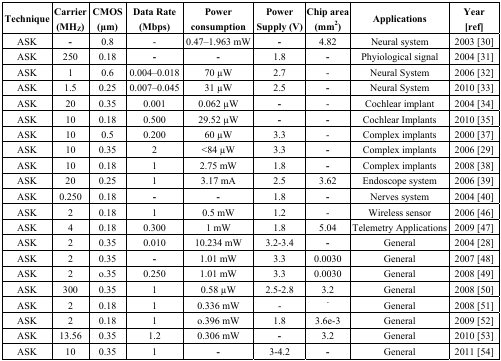
<table><thead><tr><td><b>Technique</b></td><td><b>Carrier (MH<sub>Z</sub>)</b></td><td><b>CMOS (μm)</b></td><td><b>Data Rate (Mbps)</b></td><td><b>Power consumption</b></td><td><b>Power Supply (V)</b></td><td><b>Chip area (mm<sup>2</sup>)</b></td><td><b>Applications</b></td><td><b>Year [ref]</b></td></tr></thead><tbody><tr><td>ASK</td><td>-</td><td>0.8</td><td>-</td><td>0.47–1.963 mW</td><td>-</td><td>4.82</td><td>Neural system</td><td>2003 [30]</td></tr><tr><td>ASK</td><td>250</td><td>0.18</td><td>-</td><td>-</td><td>1.8</td><td>-</td><td>Phyiological signal</td><td>2004 [31]</td></tr><tr><td>ASK</td><td>1</td><td>0.6</td><td>0.004–0.018</td><td>70 μW</td><td>2.7</td><td>-</td><td>Neural System</td><td>2006 [32]</td></tr><tr><td>ASK</td><td>1.5</td><td>0.25</td><td>0.007–0.045</td><td>31 μW</td><td>2.5</td><td>-</td><td>Neural System</td><td>2010 [33]</td></tr><tr><td>ASK</td><td>20</td><td>0.35</td><td>0.001</td><td>0.062 μW</td><td>-</td><td>-</td><td>Cochlear implant</td><td>2004 [34]</td></tr><tr><td>ASK</td><td>10</td><td>0.18</td><td>0.500</td><td>29.52 μW</td><td>-</td><td>-</td><td>Cochlear Implants</td><td>2010 [35]</td></tr><tr><td>ASK</td><td>10</td><td>0.5</td><td>0.200</td><td>60 μW</td><td>3.3</td><td>-</td><td>Complex implants</td><td>2000 [37]</td></tr><tr><td>ASK</td><td>10</td><td>0.35</td><td>2</td><td>&lt;84 μW</td><td>3.3</td><td>-</td><td>Complex implants</td><td>2006 [29]</td></tr><tr><td>ASK</td><td>10</td><td>0.18</td><td>1</td><td>2.75 mW</td><td>1.8</td><td>-</td><td>Complex implants</td><td>2008 [38]</td></tr><tr><td>ASK</td><td>20</td><td>0.25</td><td>1</td><td>3.17 mA</td><td>2.5</td><td>3.62</td><td>Endoscope system</td><td>2006 [39]</td></tr><tr><td>ASK</td><td>0.250</td><td>0.18</td><td>-</td><td>-</td><td>1.8</td><td>-</td><td>Nerves system</td><td>2004 [40]</td></tr><tr><td>ASK</td><td>2</td><td>0.18</td><td>1</td><td>0.5 mW</td><td>1.2</td><td>-</td><td>Wireless sensor</td><td>2006 [46]</td></tr><tr><td>ASK</td><td>4</td><td>0.18</td><td>0.300</td><td>1 mW</td><td>1.8</td><td>5.04</td><td>Telemetry Applications</td><td>2009 [47]</td></tr><tr><td>ASK</td><td>2</td><td>0.35</td><td>0.010</td><td>10.234 mW</td><td>3.2-3.4</td><td>-</td><td>General</td><td>2004 [28]</td></tr><tr><td>ASK</td><td>2</td><td>0.35</td><td>-</td><td>1.01 mW</td><td>3.3</td><td>0.0030</td><td>General</td><td>2007 [48]</td></tr><tr><td>ASK</td><td>2</td><td>o.35</td><td>0.250</td><td>1.01 mW</td><td>3.3</td><td>0.0030</td><td>General</td><td>2008 [49]</td></tr><tr><td>ASK</td><td>300</td><td>0.35</td><td>1</td><td>0.58 μW</td><td>2.5–2.8</td><td>3.2</td><td>General</td><td>2008 [50]</td></tr><tr><td>ASK</td><td>2</td><td>0.18</td><td>1</td><td>0.336 mW</td><td>-</td><td>-</td><td>General</td><td>2008 [51]</td></tr><tr><td>ASK</td><td>2</td><td>0.18</td><td>1</td><td>o.396 mW</td><td>1.8</td><td>3.6e-3</td><td>General</td><td>2009 [52]</td></tr><tr><td>ASK</td><td>13.56</td><td>0.35</td><td>1.2</td><td>0.306 mW</td><td>-</td><td>3.2</td><td>General</td><td>2010 [53]</td></tr><tr><td>ASK</td><td>10</td><td>0.35</td><td>1</td><td>-</td><td>3–4.2</td><td>-</td><td>General</td><td>2011 [54]</td></tr></tbody></table>